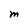
Character: M